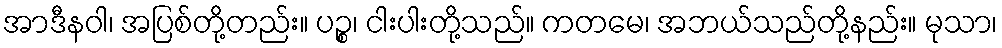
အာဒီနဝါ၊ အပြစ်တို့တည်း။ ပဉ္စ၊ ငါးပါးတို့သည်။ ကတမေ၊ အဘယ်သည်တို့နည်း။ မုသာ၊